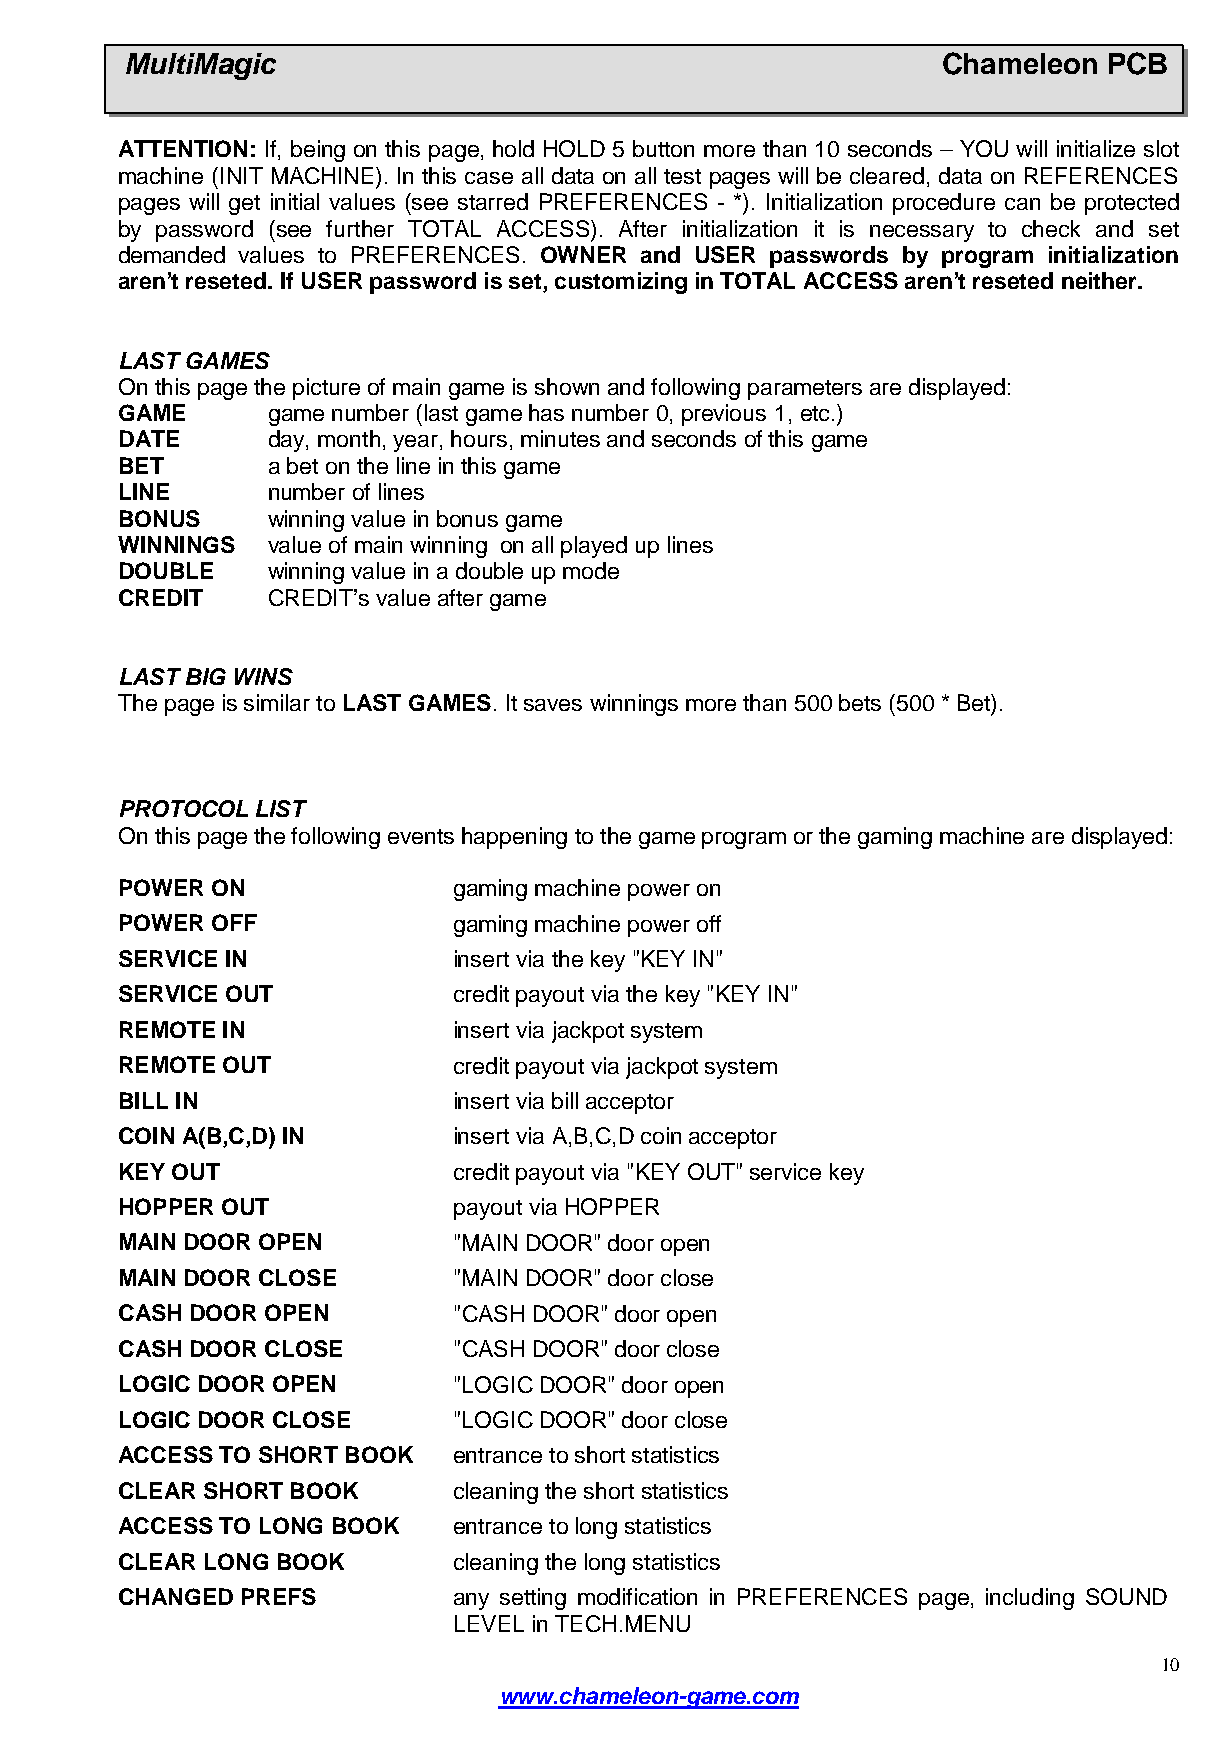
MultiMagic                                            Chameleon  PCB
 ATTENTION: If, being on this page, hold HOLD 5 button more than 10 seconds – YOU will initialize slot
 machine (INIT MACHINE). In this case all data on all test pages will be cleared, data on REFERENCES
 pages will get initial values (see starred PREFERENCES - *). Initialization procedure can be protected
 by password (see further TOTAL ACCESS). After initialization it is necessary to check and set
 demanded values to PREFERENCES. OWNER and USER passwords by program initialization
 aren't reseted. If USER password is set, customizing in TOTAL ACCESS aren't reseted neither.
 LAST GAMES
 On this page the picture of main game is shown and following parameters are displayed:
 GAME      game number (last game has number 0, previous 1, etc.)
 DATE      day, month, year, hours, minutes and seconds of this game
 BET       a bet on the line in this game
 LINE      number of lines
 BONUS     winning value in bonus game
 WINNINGS  value of main winning on all played up lines
 DOUBLE    winning value in a double up mode
 CREDIT    CREDIT’s value after game
 LAST BIGWINS
 The page is similar to LAST GAMES. It saves winnings more than 500 bets (500 * Bet).
 PROTOCOL LIST
 On this page the following events happening to the game program or the gaming machine are displayed:
 POWER ON              gaming machine power on
 POWEROFF              gaming machine power off
 SERVICEIN             insert via the key "KEY IN"
 SERVICEOUT            credit payout via the key "KEY IN"
 REMOTE IN             insert via jackpot system
 REMOTE OUT            credit payout via jackpot system
 BILL IN               insert via bill acceptor
 COIN A(B,C,D) IN      insert via A,B,C,D coin acceptor
 KEY OUT               credit payout via "KEY OUT" service key
 HOPPER OUT            payout via HOPPER
 MAIN DOOR OPEN        "MAIN DOOR" door open
 MAIN DOOR CLOSE       "MAIN DOOR" door close
 CASH DOOR OPEN        "CASH DOOR" door open
 CASH DOOR CLOSE       "CASH DOOR" door close
 LOGIC DOOR OPEN       "LOGIC DOOR" door open
 LOGIC DOOR CLOSE      "LOGIC DOOR" door close
 ACCESS TO SHORT BOOK  entrance to short statistics
 CLEAR SHORT BOOK      cleaning the short statistics
 ACCESS TO LONG BOOK   entrance to long statistics
 CLEAR LONG BOOK       cleaning the long statistics
 CHANGED PREFS         any setting modification in PREFERENCES page, including SOUND
 LEVEL in TECH.MENU
 10
 www.chameleon-game.com